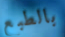
بالطبع